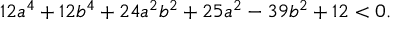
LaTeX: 1 2 a ^ { 4 } + 1 2 b ^ { 4 } + 2 4 a ^ { 2 } b ^ { 2 } + 2 5 a ^ { 2 } - 3 9 b ^ { 2 } + 1 2 < 0 .